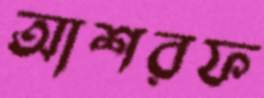
আশরফ